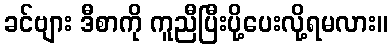
ခင်ဗျား ဒီစာကို ကူညီပြီးပို့ပေးလို့ရမလား။